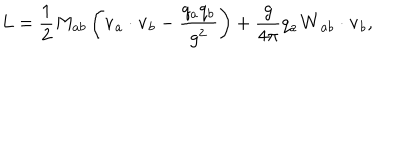
LaTeX: L = \frac { 1 } { 2 } M _ { a b } \left( { \bf v } _ { a } \cdot { \bf v } _ { b } - { \frac { q _ { a } q _ { b } } { g ^ { 2 } } } \right) + \frac { g } { 4 \pi } q _ { a } { \bf W } _ { a b } \cdot { \bf v } _ { b } ,